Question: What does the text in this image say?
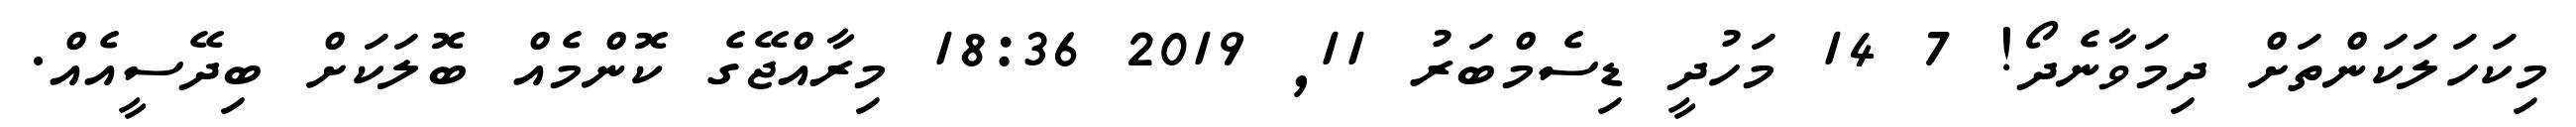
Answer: މިކަހަލަކަންތަށް ދިމަވާނެދޯ! 7 14 މަހުދީ ޑިސެމްބަރު 11, 2019 18:36 މިރާއްޖޭގެ ކޮންމެއް ބޮލަކަށް ބިދޭސީއެއް.